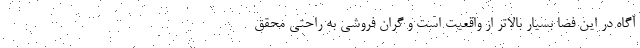
آگاه در این فضا بسیار بالاتر از واقعیت است و گران فروشی به راحتی محقق